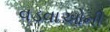
વડવાઓની